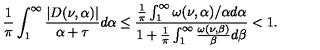
\frac { 1 } { \pi } \int _ { 1 } ^ { \infty } \frac { | D ( \nu , \alpha ) | } { \alpha + \tau } d \alpha \leq \frac { \frac { 1 } { \pi } \int _ { 1 } ^ { \infty } \omega ( \nu , \alpha ) / \alpha d \alpha } { 1 + \frac { 1 } { \pi } \int _ { 1 } ^ { \infty } \frac { \omega ( \nu , \beta ) } { \beta } d \beta } < 1 .